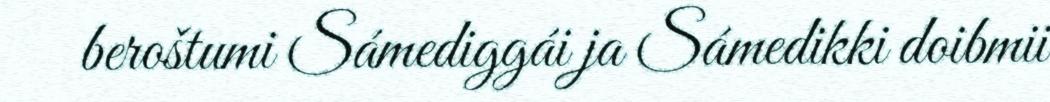
beroštumi Sámediggái ja Sámedikki doibmii